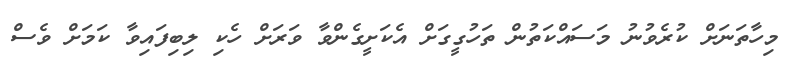
މިހާތަނަށް ކުރެވުނު މަސައްކަތުން ތަހުގީގަށް އެކަށީގެންވާ ވަރަށް ހެކި ލިބިފައިވާ ކަމަށް ވެސް